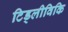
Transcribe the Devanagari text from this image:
टिड्लीविकि